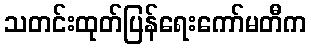
သတင်းထုတ်ပြန်ရေးကော်မတီက